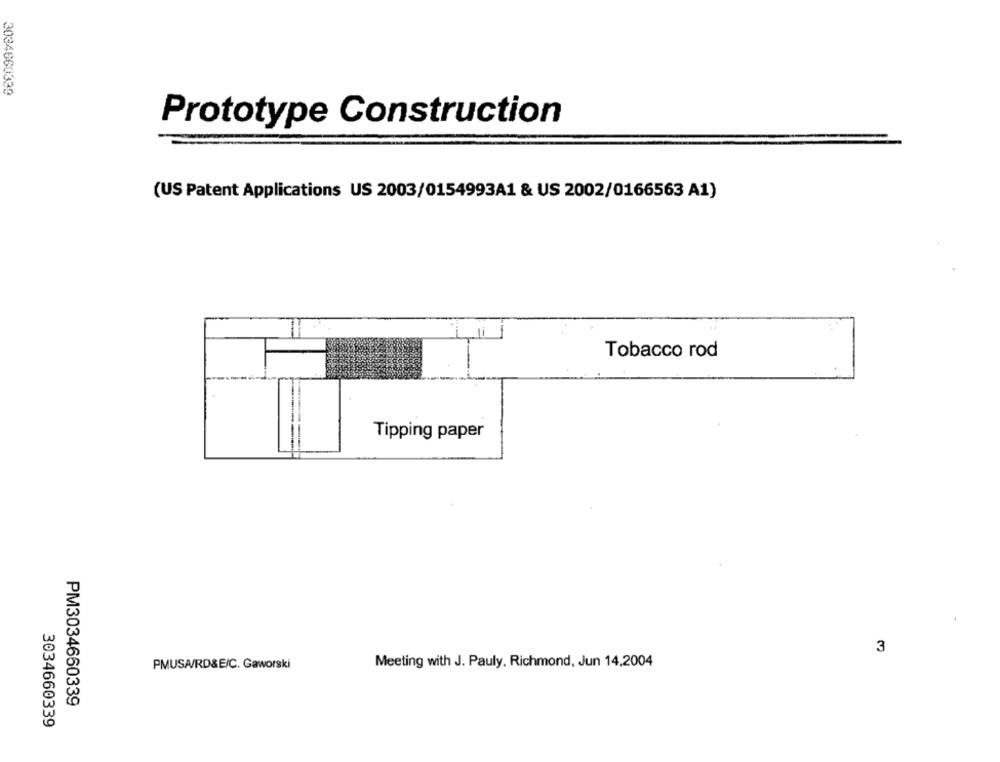
3034660339
Prototype Construction
(US Patent Applications US 2003/0154993A1 & US 2002/0166563 A1)
Tobacco rod
Tipping paper
3
Meeting with J. Pauly, Richmond, Jun 14.2004
PMUSA/RD&E/C. Gaworski
PM3034660339
3034660339